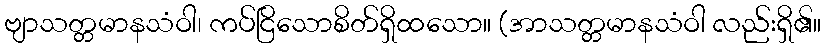
ဗျာသတ္တမာနသံဝါ၊ ကပ်ငြိသောစိတ်ရှိထသော။ (အာသတ္တမာနသံဝါ လည်းရှိ၏။